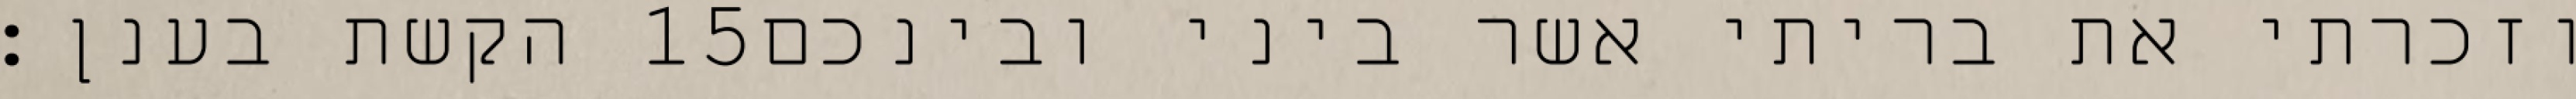
הקשת בענן׃ ‎15‏ וזכרתי את בריתי אשר ביני ובינכם